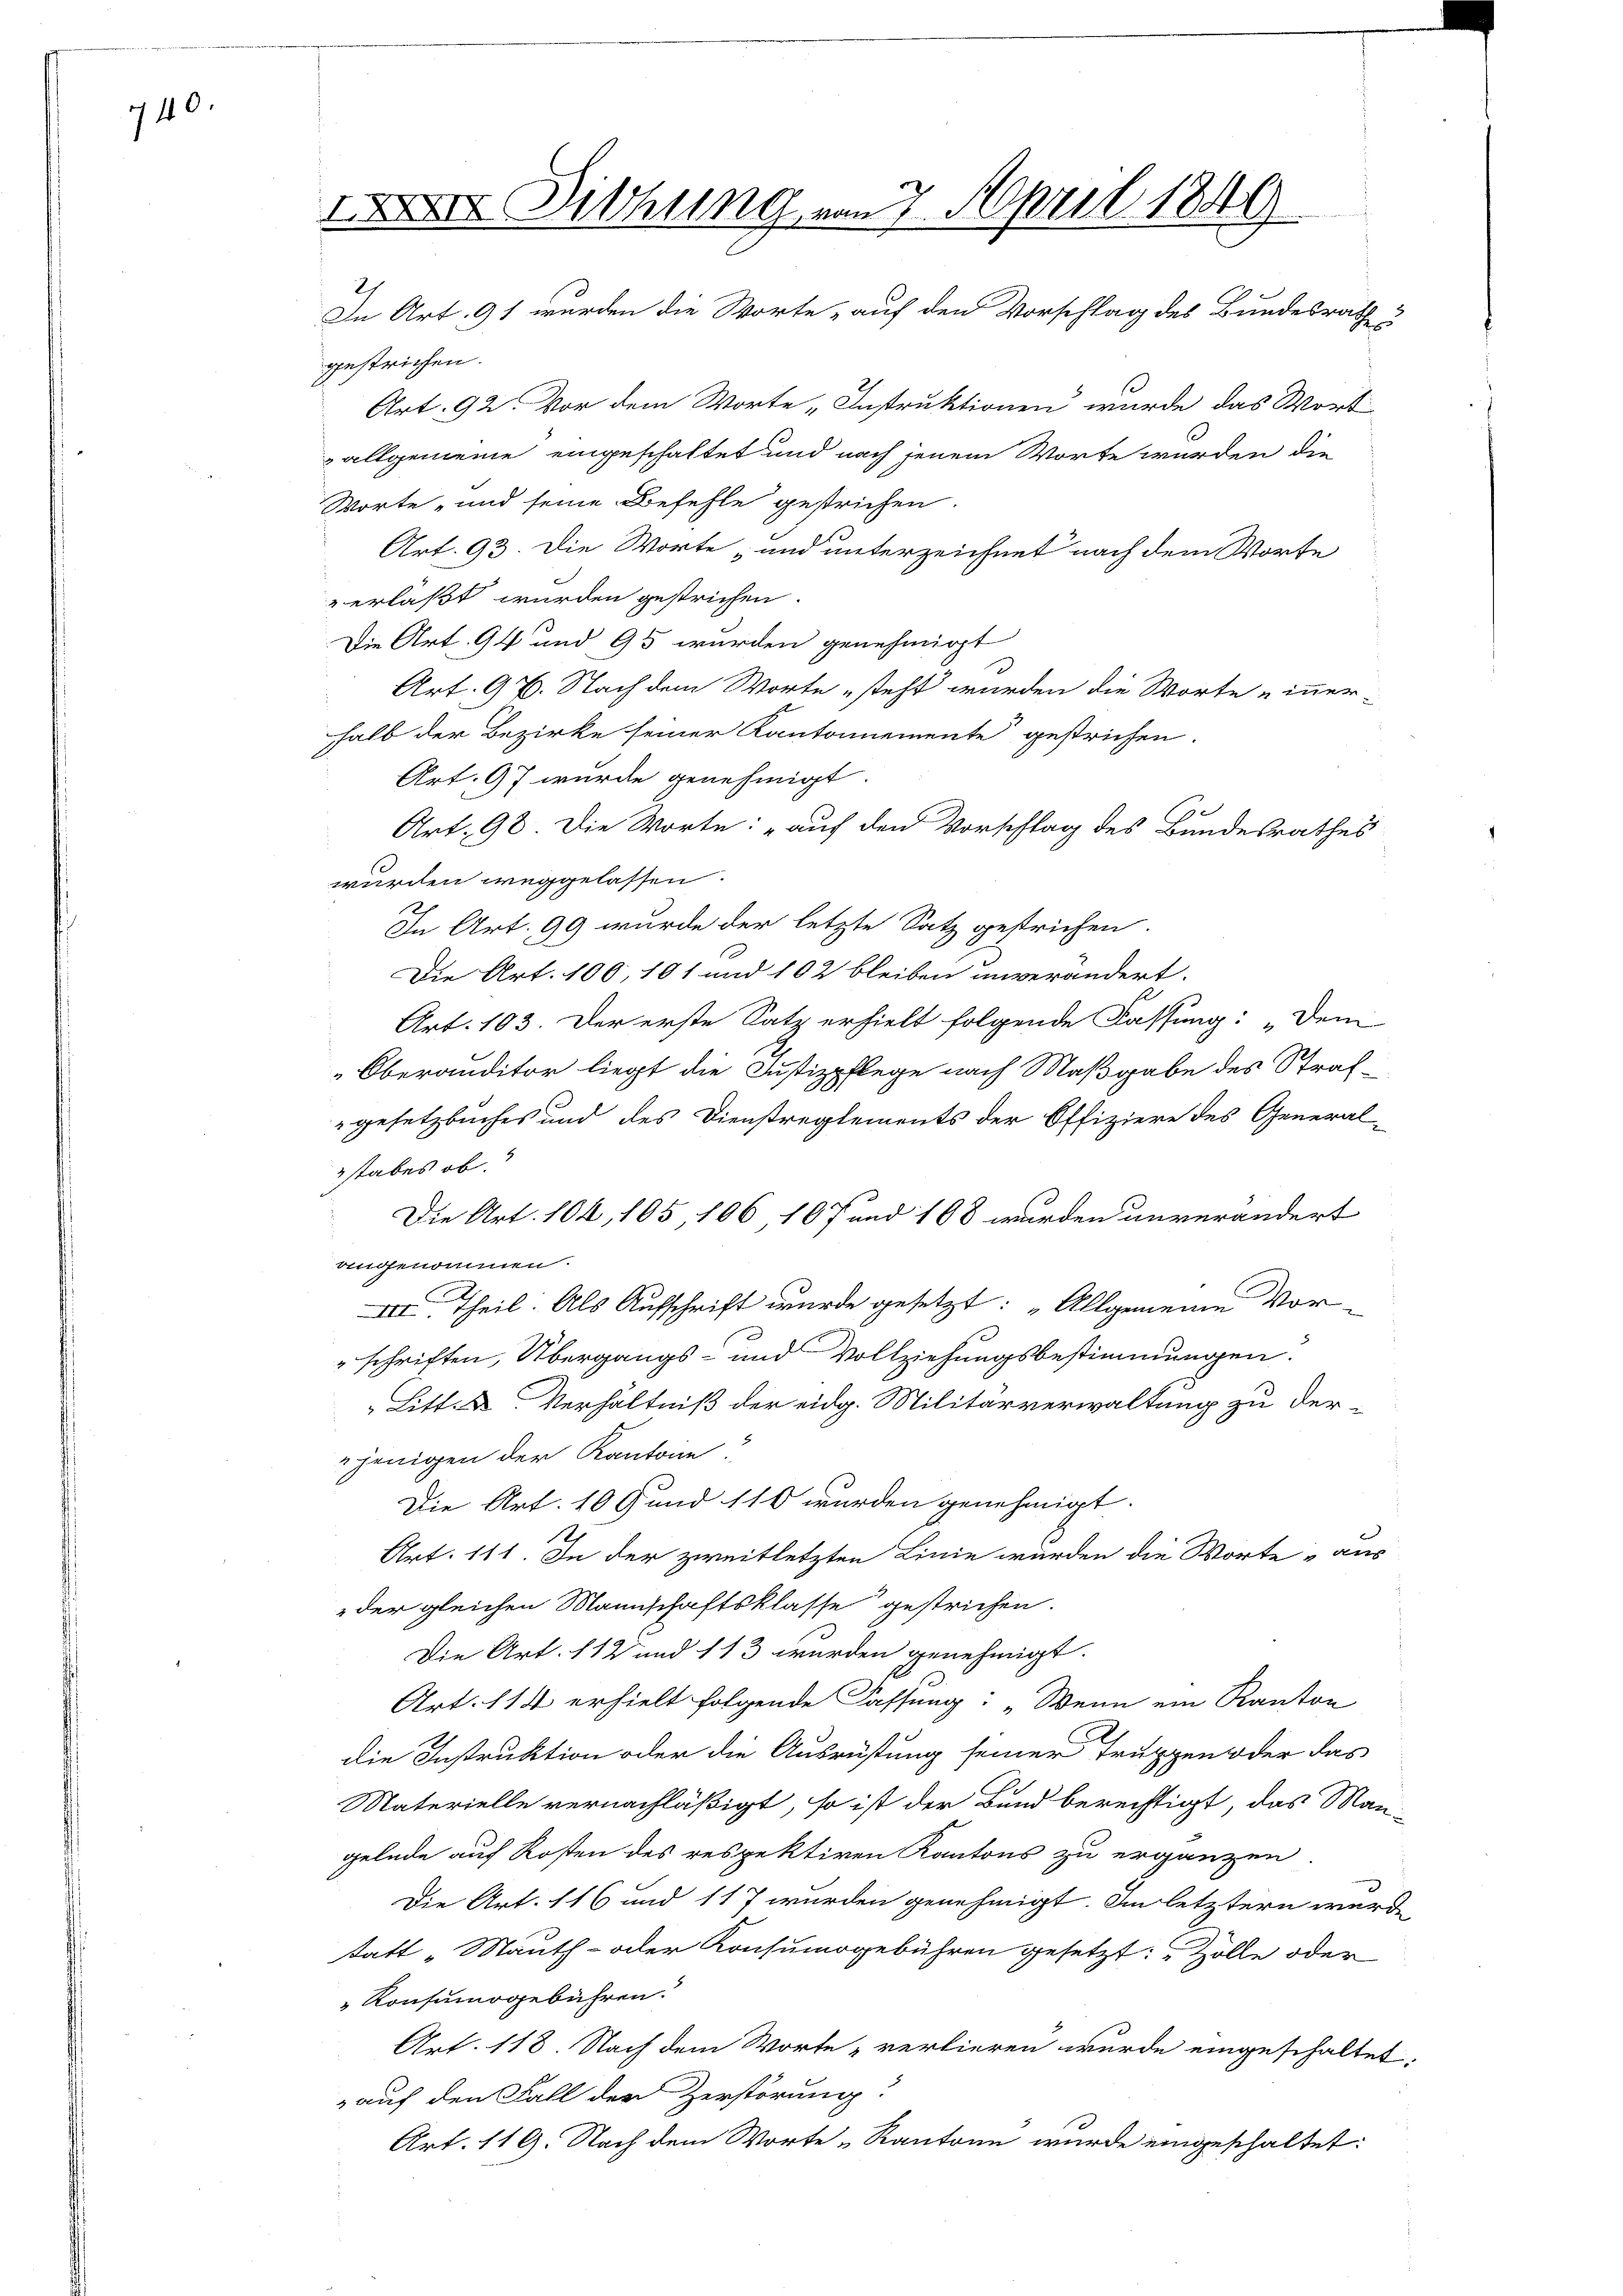
740.

XXXII Dithung von 7. April 1846
2
In Art. 91 wurden die Worte auf den Vorschlag des Bundesrath

gestrichen.
Art. 92. Vor dem Worte „Instruktionen wurde das Wort
 allgemeine eingeschaftet und nach jenem Worte wurden die
Worte „und seine Befehle gestrichen.
Art. 93. Die Worte „und unterzeichnet nach dem Worte
verlaßt wurden gestrichen.
Die Art. 94 und 95 wurden genehmigt
Art. 97. Nach dem Worte steht wurden die Worte „inner-
halb der Bezirke seiner Kantonnemente gestrichen.
Art. 97 wurde genehmigt.
ge
Art. 98. Die Worte: „auf den Vorschlag des Bundesrathes
wurden weggelassen.
In Art. 99 wurde der letzte Satz gestrichen.
Die Art. 100, 101 und 102 bleiben unverändert.
Art. 103. Der erste Satz erhielt folgende Fassung: „Dem
Oberanditor liegt die Justizpflege nach Maßgabe des Strafgesetzbuches und des Dienstreglements der Offiziere des General-
stabes ob.
Die Art. 104, 105, 106 107 und 108 wurden unverändert
angenommen.
III. Theil. Als Aufschrift wurde gesetzt: „Allgemeine Vorschriften, Übergangs- und Vollziehungsbestimmungen.
Litt. u. Verhältniß der eidg. Militärverwaltung zu derjenigen der Kantone
Die Art. 109 und 110 wurden genehmigt.
Art. 111. In der zweitletzten Linie wurden die Worte „aus
der gleichen Mannschaftsklasse gestrichen.
Die Art. 112 und 113 wurden genehmigt.
Art. 114 erhielt folgende Fassung: „Wenn ein Kanton
d
die Instruktion oder die Ausrüstung seiner Truppen oder das
Materielle vernachläßigt, so ist der Bund berechtigt, das Man-
gelnde auf Kosten des respektiren Kantons zu ergänzen.
Die Art. 116 und 117 wurden genehmigt. Im letztern wurde
statt „Mauth- oder Konsumogebühren gesetzt: " Zölle oder
Konsumogebühren.
Art. 118. Nach dem Worte „verlieren wurde eingeschaltet:
 auf den Fall der Zerstörung:
Art. 119. Nach dem Worte „Kantone wurde eingeschaltet: